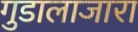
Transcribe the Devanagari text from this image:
गुडालाजारा